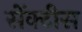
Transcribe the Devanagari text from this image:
सेंक्टीस